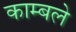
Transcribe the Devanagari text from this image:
काम्बले